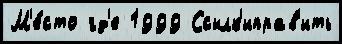
М'е́сто гд'е 1999 Ссылк'иправ'ить